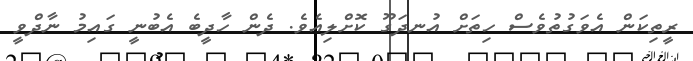
ރީތިކަން އެވަގުތުވެސް ހިތަށް އުނދަގޫ ކޮށްލިއެވެ. ދެން ހާދީބެ އެބުނީ ގައިމު ނާދްވީ